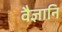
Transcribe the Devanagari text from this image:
वैज्ञानि